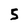
Character: 5